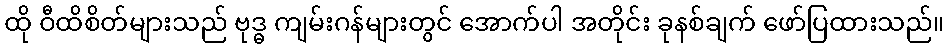
ထို ဝီထိစိတ်များသည် ဗုဒ္ဓ ကျမ်းဂန်များတွင် အောက်ပါ အတိုင်း ခုနစ်ချက် ဖော်ပြထားသည်။